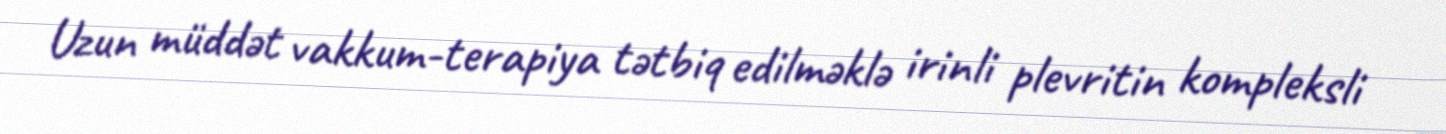
Uzun müddət vakkum-terapiya tətbiq edilməklə irinli plevritin kompleksli